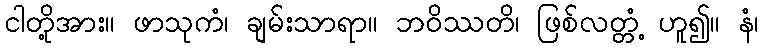
ငါတို့အား။ ဖာသုကံ၊ ချမ်းသာရာ။ ဘဝိဿတိ၊ ဖြစ်လတ္တံ့ ဟူ၍။ နံ၊